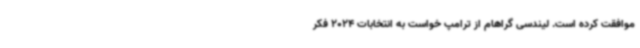
موافقت کرده است. لیندسی گراهام از ترامپ خواست به انتخابات 2024 فکر